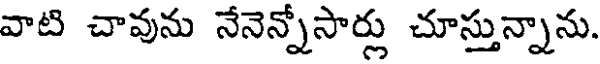
వాటి చావును నేనెన్నోసార్లు చూస్తున్నాను.